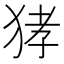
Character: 㹲